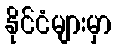
နိုင်ငံများမှာ